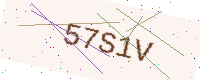
Text: 57S1V